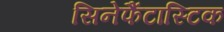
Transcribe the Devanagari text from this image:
सिनेफैंटास्टिक